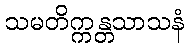
သမတိက္ကန္တသာသနံ